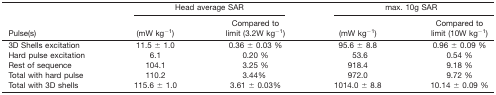
| <ROWSPAN=2> Pulse(s) | <COLSPAN=2> Head average SAR | <COLSPAN=2> max. 10g SAR |
 | (mW kg−1) | Compared to limit (3.2W kg−1) | (mW kg−1) | Compared to limit (10W kg−1) |
 | --- | --- | --- | --- | --- |
 | 3D Shells excitation | 11.5 ± 1.0 | 0.36 ± 0.03 % | 95.6 ± 8.8 | 0.96 ± 0.09 % |
 | Hard pulse excitation | 6.1 | 0.20 % | 53.6 | 0.54 % |
 | Rest of sequence | 104.1 | 3.25 % | 918.4 | 9.18 % |
 | Total with hard pulse | 110.2 | 3.44% | 972.0 | 9.72 % |
 | Total with 3D shells | 115.6 ± 1.0 | 3.61 ± 0.03% | 1014.0 ± 8.8 | 10.14 ± 0.09 % |